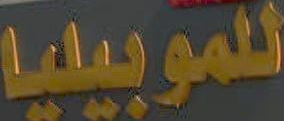
للموبيليا